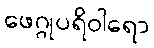
ဖေဂ္ဂုပရိဝါရော